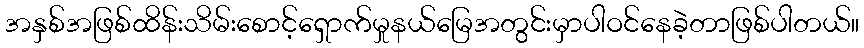
အနှစ်အဖြစ်ထိန်းသိမ်းစောင့်ရှောက်မှုနယ်မြေအတွင်းမှာပါဝင်နေခဲ့တာဖြစ်ပါတယ်။